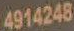
4914248